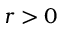
r > 0